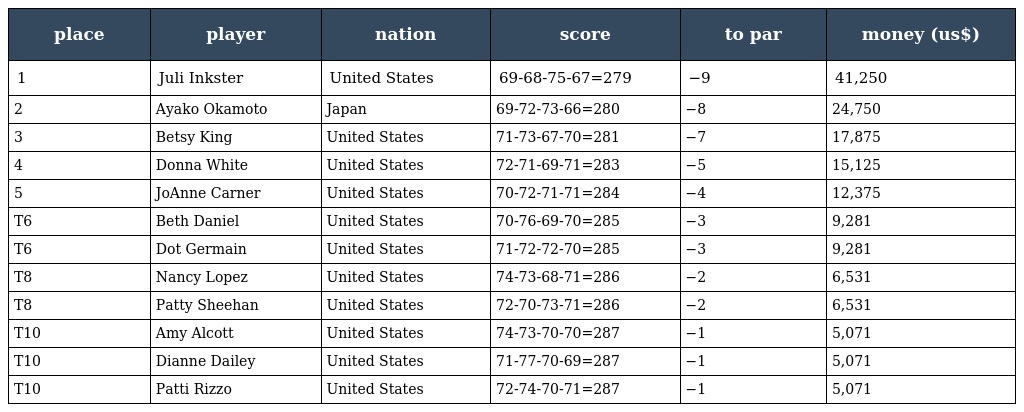
| place | player | nation | score | to par | money (us$) |
 | --- | --- | --- | --- | --- | --- |
 | 1 | Juli Inkster | United States | 69-68-75-67=279 | −9 | 41,250 |
 | 2 | Ayako Okamoto | Japan | 69-72-73-66=280 | −8 | 24,750 |
 | 3 | Betsy King | United States | 71-73-67-70=281 | −7 | 17,875 |
 | 4 | Donna White | United States | 72-71-69-71=283 | −5 | 15,125 |
 | 5 | JoAnne Carner | United States | 70-72-71-71=284 | −4 | 12,375 |
 | T6 | Beth Daniel | United States | 70-76-69-70=285 | −3 | 9,281 |
 | T6 | Dot Germain | United States | 71-72-72-70=285 | −3 | 9,281 |
 | T8 | Nancy Lopez | United States | 74-73-68-71=286 | −2 | 6,531 |
 | T8 | Patty Sheehan | United States | 72-70-73-71=286 | −2 | 6,531 |
 | T10 | Amy Alcott | United States | 74-73-70-70=287 | −1 | 5,071 |
 | T10 | Dianne Dailey | United States | 71-77-70-69=287 | −1 | 5,071 |
 | T10 | Patti Rizzo | United States | 72-74-70-71=287 | −1 | 5,071 |